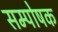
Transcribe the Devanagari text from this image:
सम्पोषक